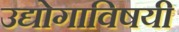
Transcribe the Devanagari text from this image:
उद्योगाविषयी